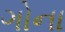
ગોના